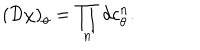
\left( { \cal D } \chi \right) _ { \theta } = \prod _ { n } d c _ { \theta } ^ { n } .